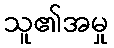
သူ၏အမှု